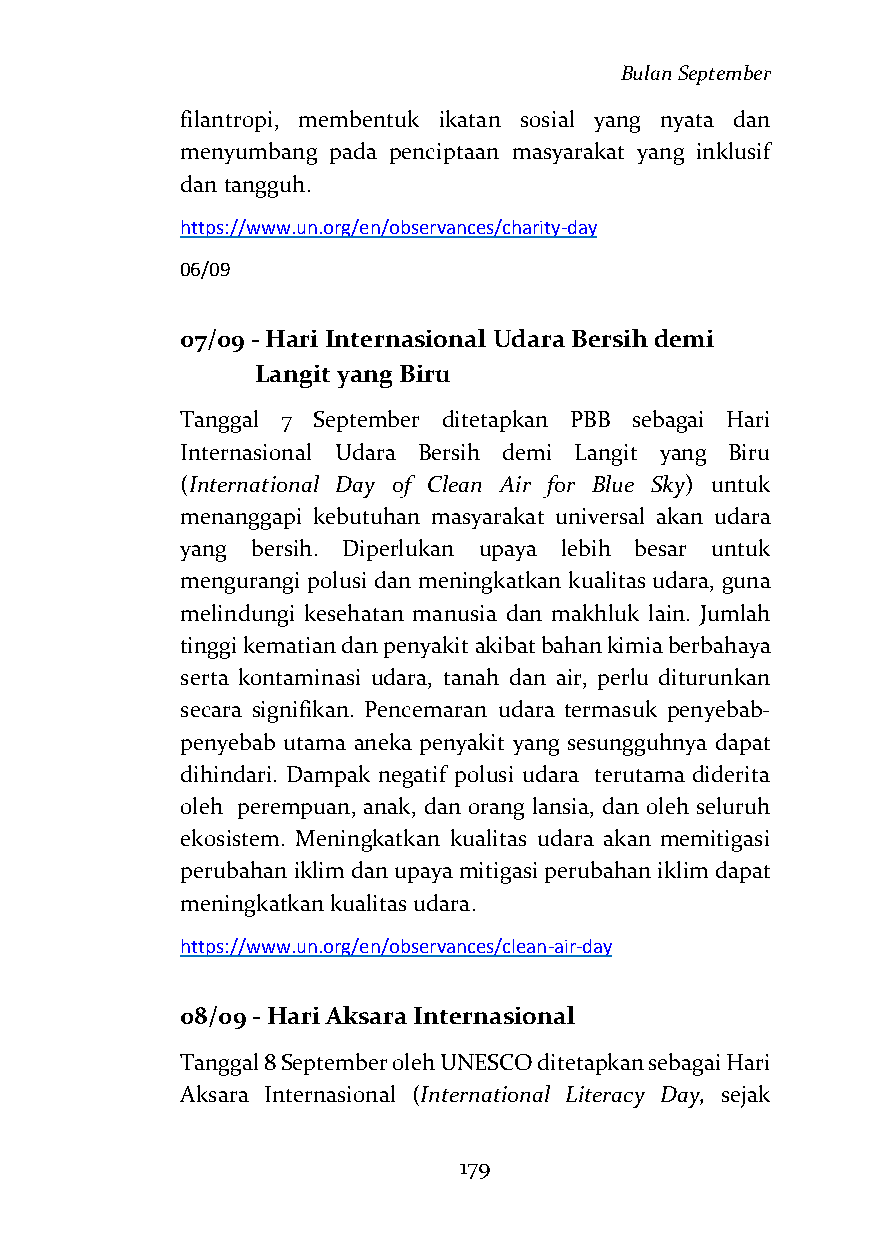
Bulan September
 filantropi, membentuk ikatan sosial yang nyata dan
 menyumbang pada penciptaan masyarakat yang inklusif
 dan tangguh.
 https://www.un.org/en/observances/charity-day
 06/09
 07/09 - Hari Internasional Udara Bersih demi
 Langit yang Biru
 Tanggal 7 September ditetapkan PBB sebagai Hari
 Internasional Udara Bersih demi Langit yang Biru
 (International Day of Clean Air for Blue Sky) untuk
 menanggapi kebutuhan masyarakat universal akan udara
 yang bersih. Diperlukan upaya lebih besar untuk
 mengurangi polusi dan meningkatkan kualitas udara, guna
 melindungi kesehatan manusia dan makhluk lain. Jumlah
 tinggi kematian dan penyakit akibat bahan kimia berbahaya
 serta kontaminasi udara, tanah dan air, perlu diturunkan
 secara signifikan. Pencemaran udara termasuk penyebab-
 penyebab utama aneka penyakit yang sesungguhnya dapat
 dihindari. Dampak negatif polusi udara terutama diderita
 oleh perempuan, anak, dan orang lansia, dan oleh seluruh
 ekosistem. Meningkatkan kualitas udara akan memitigasi
 perubahan iklim dan upaya mitigasi perubahan iklim dapat
 meningkatkan kualitas udara.
 https://www.un.org/en/observances/clean-air-day
 08/09 - Hari Aksara Internasional
 Tanggal 8 September oleh UNESCO ditetapkan sebagai Hari
 Aksara Internasional (International Literacy Day, sejak
 179